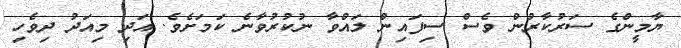
ޔާމީންގެ ސަރުކާރުން ވެސް ސިފައިން ލައްވާ ނުކުރުވާނެ ކަމަށެވެ. އަދި މިއަދު ދިވެހި